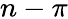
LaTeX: n-\pi